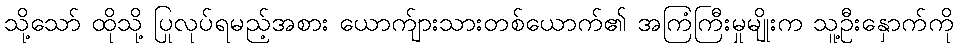
သို့သော် ထိုသို့ ပြုလုပ်ရမည့်အစား ယောက်ျားသားတစ်ယောက်၏ အကြံကြီးမှုမျိုးက သူ့ဦးနှောက်ကို